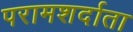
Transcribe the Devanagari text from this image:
परामशर्दाता